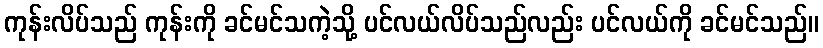
ကုန်းလိပ်သည် ကုန်းကို ခင်မင်သကဲ့သို့ ပင်လယ်လိပ်သည်လည်း ပင်လယ်ကို ခင်မင်သည်။